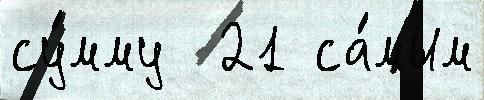
су́мму  21 са́мым